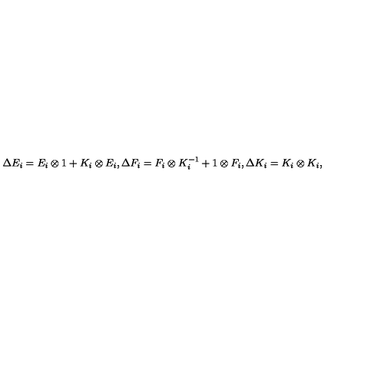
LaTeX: \Delta E _ { i } = E _ { i } \otimes 1 + K _ { i } \otimes E _ { i } , \Delta F _ { i } = F _ { i } \otimes K _ { i } ^ { - 1 } + 1 \otimes F _ { i } , \Delta K _ { i } = K _ { i } \otimes K _ { i } ,